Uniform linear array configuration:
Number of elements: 24
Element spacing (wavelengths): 0.75
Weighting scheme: exponential
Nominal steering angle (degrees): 45
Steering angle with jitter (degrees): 44.956
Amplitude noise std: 0.05
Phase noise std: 0.05

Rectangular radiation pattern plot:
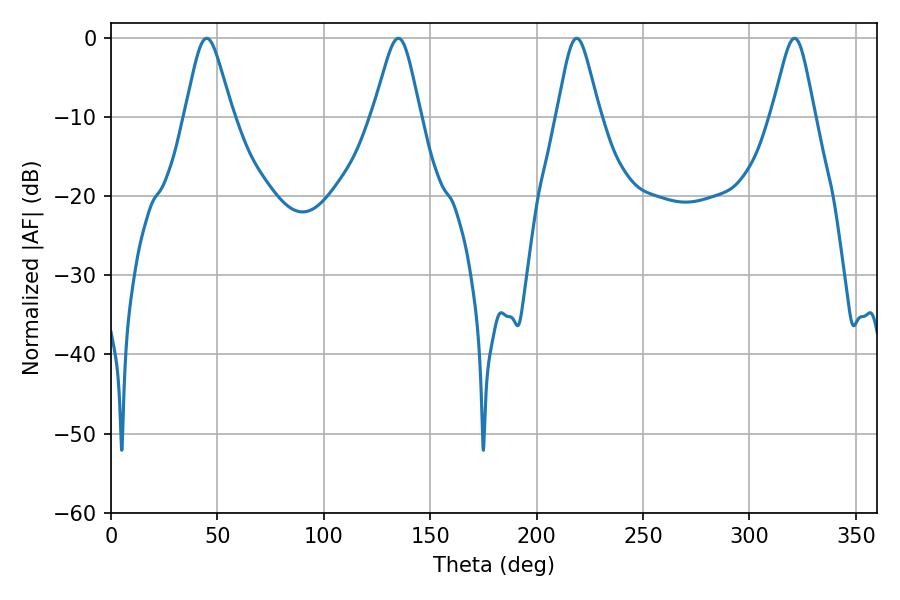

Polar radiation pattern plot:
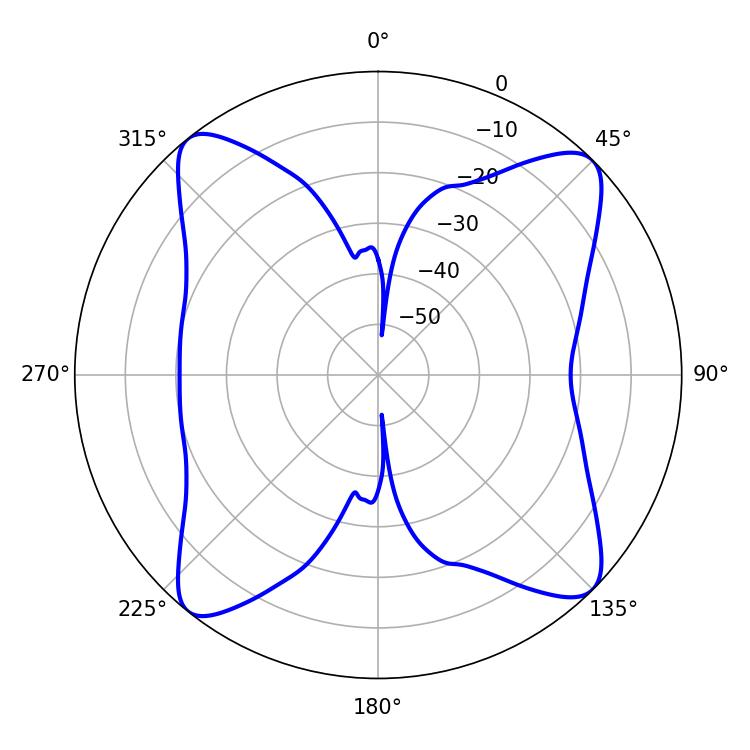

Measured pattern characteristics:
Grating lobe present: TRUE
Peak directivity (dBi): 15.077
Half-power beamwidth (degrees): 10.8
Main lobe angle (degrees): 45